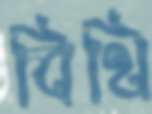
বিথি